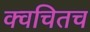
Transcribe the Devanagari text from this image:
क्‍वचितच